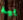
بيه